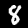
Digit: 8